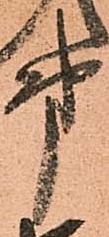
第